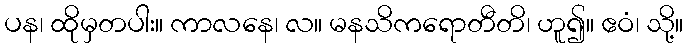
ပန၊ ထိုမှတပါး။ ကာလနေ၊ လ။ မနသိကရောတီတိ၊ ဟူ၍။ ဧဝံ၊ သို့။